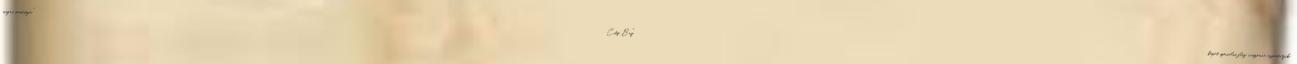
magas minőségű "City Bay" képet speciális flíz vászonra nyomtatjuk.